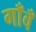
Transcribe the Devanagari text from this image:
गाँवँ